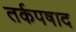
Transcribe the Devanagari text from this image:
तर्कपषाद